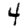
Digit: 4